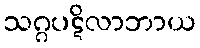
သဂ္ဂပဋိလာဘာယ